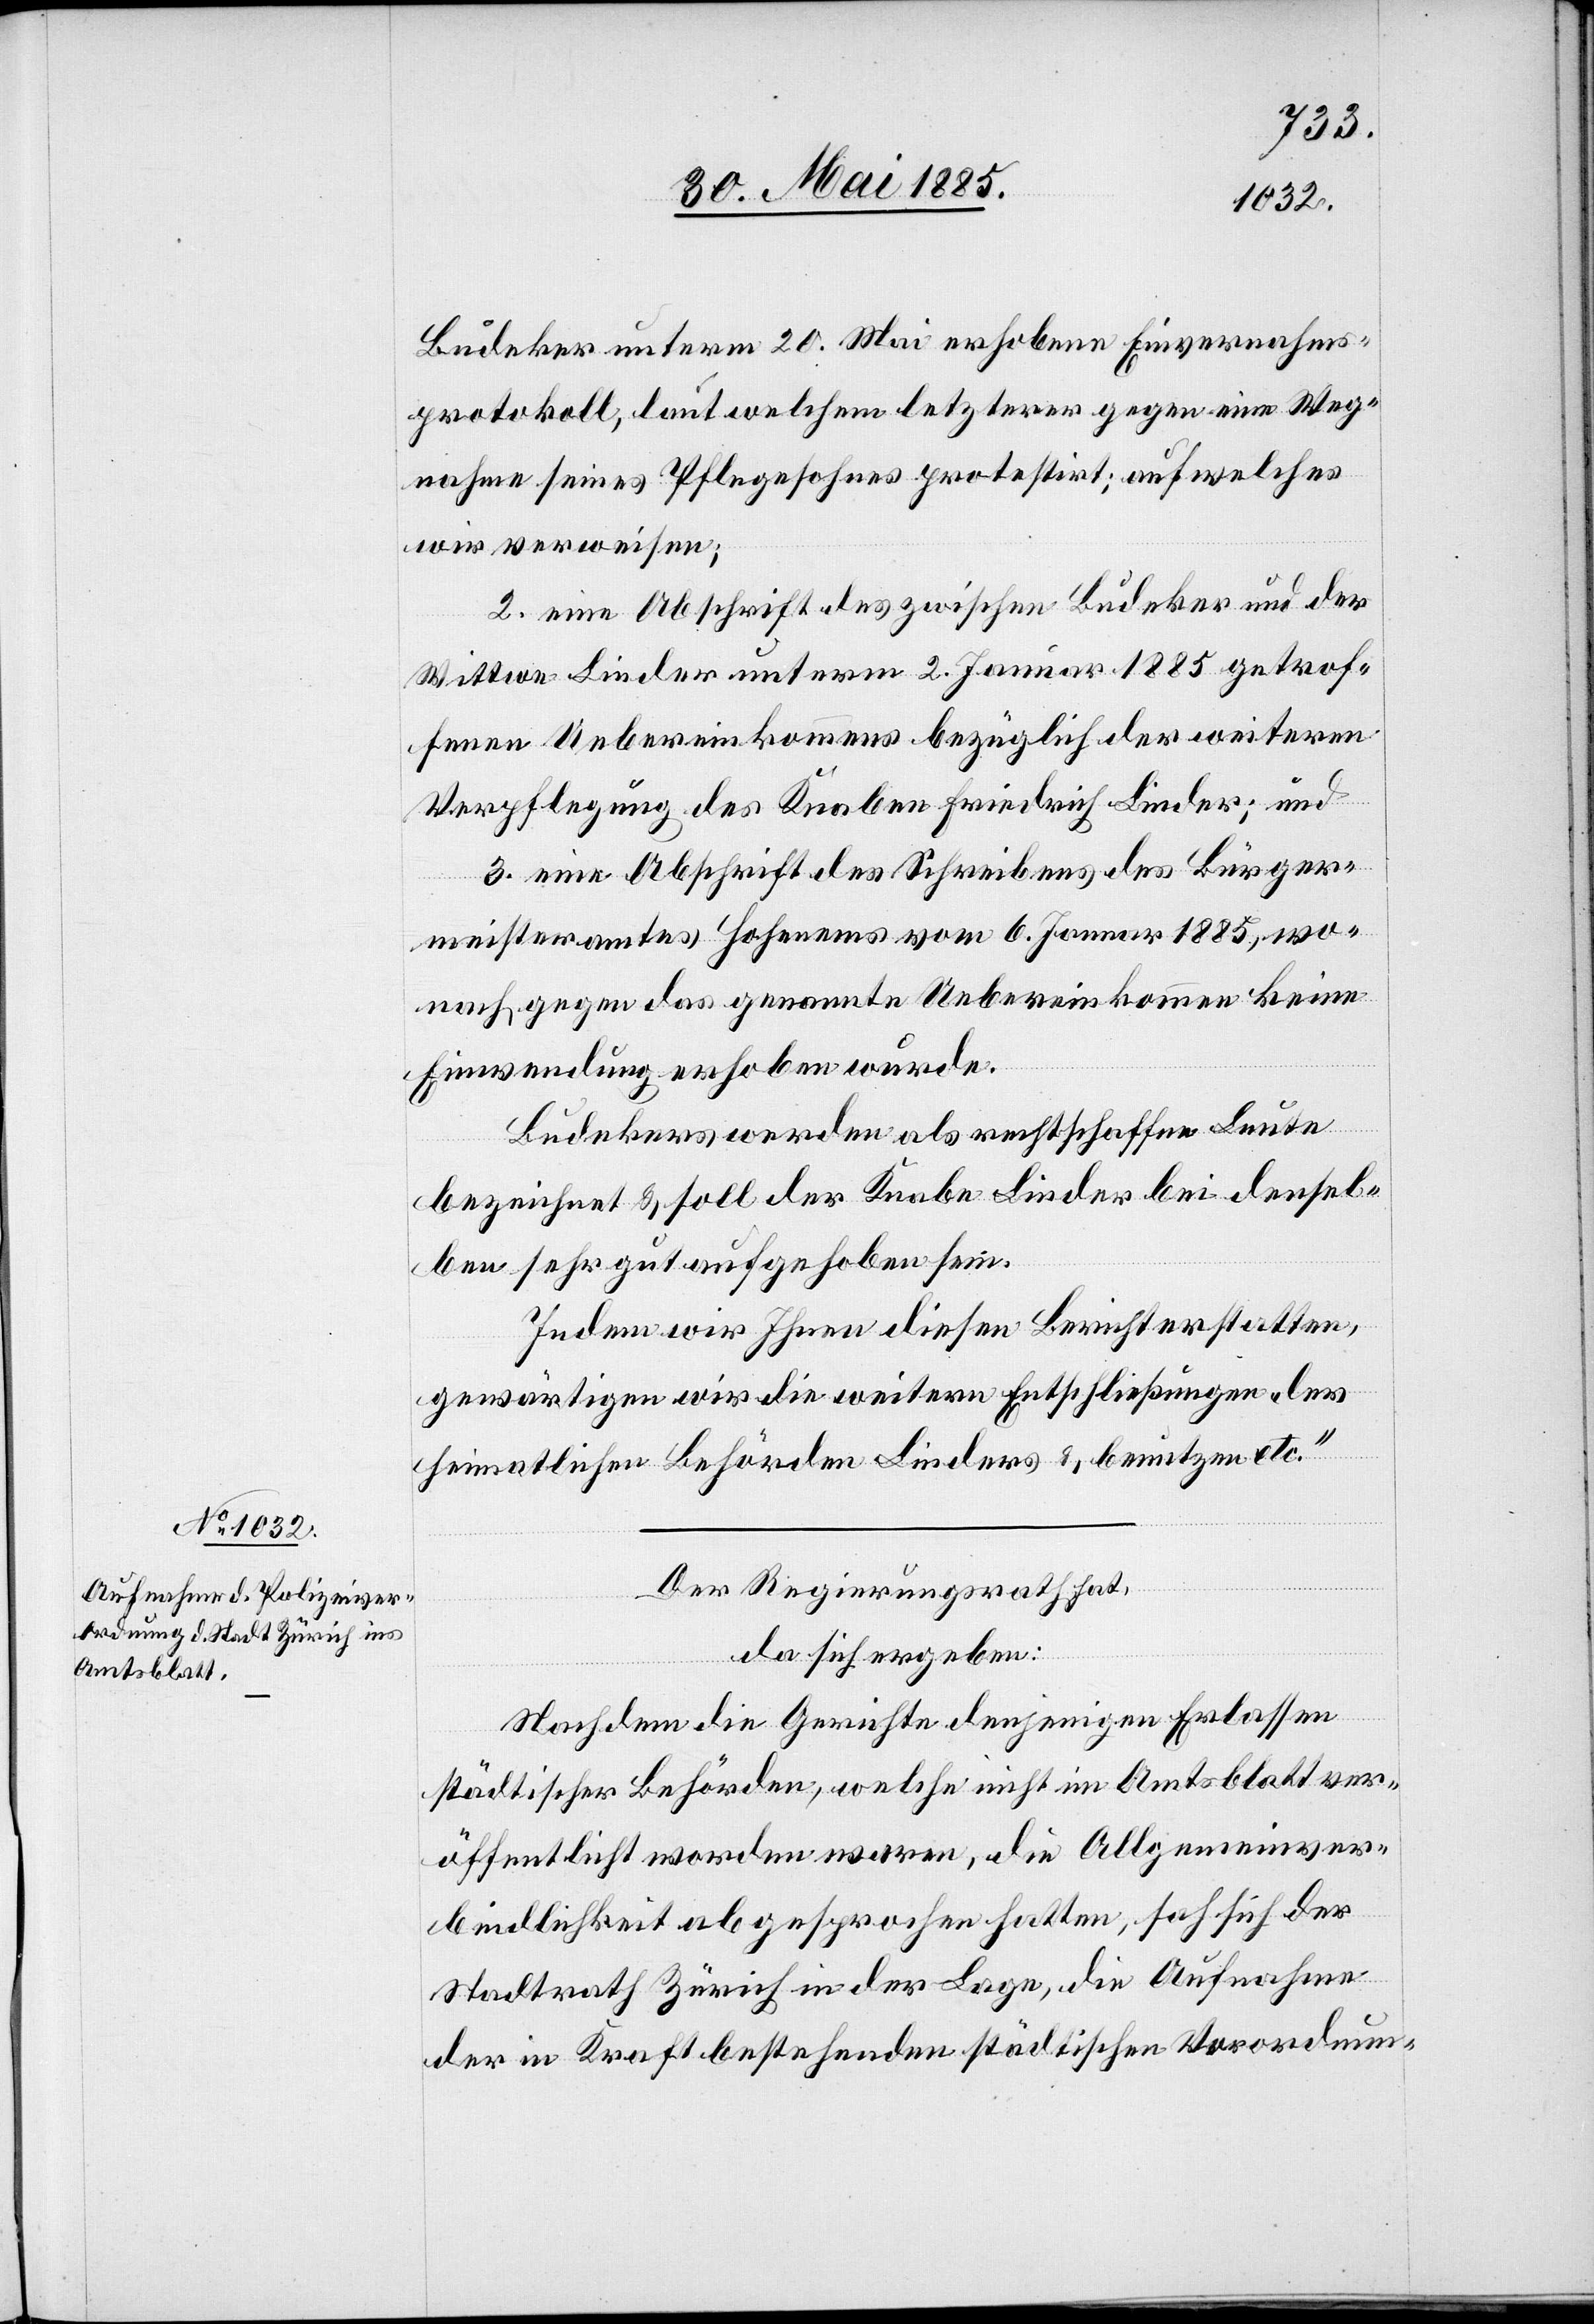
Budeker unterm 20. Mai erhobene Einvernahms¬
protokoll, laut welchem letzterer gegen eine Weg¬
nahme seines Pflegesohnes protestirt; auf welches
wir verweisen;
2. eine Abschrift zwischen Budeker und der
Wittwe Linder unterm 2. Januar 1885 getrof¬
fenen Uebereinkommens bezüglich der weitern
Verpflegung des Knaben Friedrich Linder; und
3. eine Abschrift des Schreibens des Bürger¬
meisteramtes Hohenems vom 6. Januar 1885, wo¬
nach gegen das genannte Uebereinkommen keine
Einwendung erhoben wurde.
Budekers werden als rechtschaffene Leute
bezeichnet & soll der Knabe Linder bei densel¬
ben sehr gut aufgehoben sein.
Indem wir Ihnen diesen Bericht erstatten,
gewärtigen wir die weitern Entschließungen der
heimatlichen Behörden Linders & benutzen etc.“
Der Regierungsrath hat,
da sich ergeben:
Nachdem die Gerichte denjenigen Erlassen
städtischer Behörden, welche nicht im Amtsblatt ver¬
öffentlicht worden waren, die Allgemeinver¬
bindlichkeit abgesprochen hatten, sah sich der
Stadtrath Zürich in der Lage, die Aufnahme
der in Kraft bestehenden städtischen Verordnun[g]s-